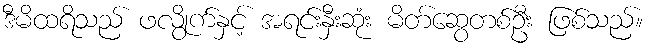
ဒီမိထရိသည် ဖလွိုက်နှင့် အရင်းနှီးဆုံး မိတ်ဆွေတစ်ဦး ဖြစ်သည်။